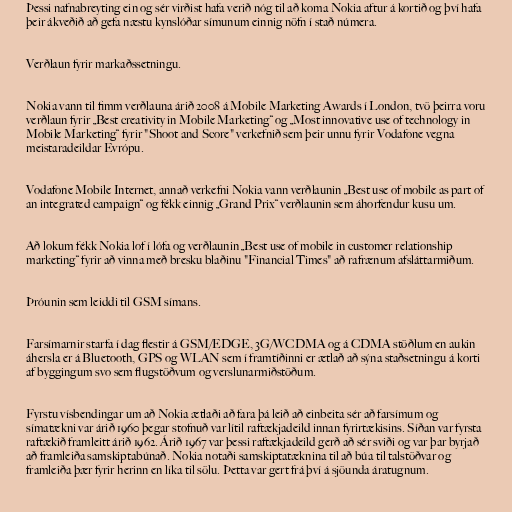
Þessi nafnabreyting ein og sér virðist hafa verið nóg til að koma Nokia aftur á kortið og því hafa
þeir ákveðið að gefa næstu kynslóðar símunum einnig nöfn í stað númera.

Verðlaun fyrir markaðssetningu.

Nokia vann til fimm verðlauna árið 2008 á Mobile Marketing Awards í London, tvö þeirra voru
verðlaun fyrir „Best creativity in Mobile Marketing“ og „Most innovative use of technology in
Mobile Marketing“ fyrir "Shoot and Score" verkefnið sem þeir unnu fyrir Vodafone vegna
meistaradeildar Evrópu.

Vodafone Mobile Internet, annað verkefni Nokia vann verðlaunin „Best use of mobile as part of
an integrated campaign“ og fékk einnig „Grand Prix“ verðlaunin sem áhorfendur kusu um.

Að lokum fékk Nokia lof í lófa og verðlaunin „Best use of mobile in customer relationship
marketing“ fyrir að vinna með bresku blaðinu "Financial Times" að rafrænum afsláttarmiðum.

Þróunin sem leiddi til GSM símans.

Farsímarnir starfa í dag flestir á GSM/EDGE, 3G/WCDMA og á CDMA stöðlum en aukin
áhersla er á Bluetooth, GPS og WLAN sem í framtíðinni er ætlað að sýna staðsetningu á korti
af byggingum svo sem flugstöðvum og verslunarmiðstöðum.

Fyrstu vísbendingar um að Nokia ætlaði að fara þá leið að einbeita sér að farsímum og
símatækni var árið 1960 þegar stofnuð var lítil raftækjadeild innan fyrirtækisins. Síðan var fyrsta
raftækið framleitt árið 1962. Árið 1967 var þessi raftækjadeild gerð að sér sviði og var þar byrjað
að framleiða samskiptabúnað. Nokia notaði samskiptatæknina til að búa til talstöðvar og
framleiða þær fyrir herinn en líka til sölu. Þetta var gert frá því á sjöunda áratugnum.